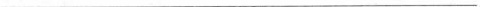
___